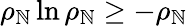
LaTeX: \rho_{\mathbb{N}}\ln\rho_{\mathbb{N}}\ge-\rho_{\mathbb{N}}